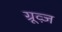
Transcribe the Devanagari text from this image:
ग्रूव्ज़